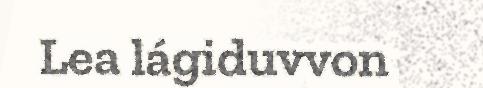
Lea lágiduvvon